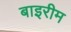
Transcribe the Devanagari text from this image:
बाइरीम